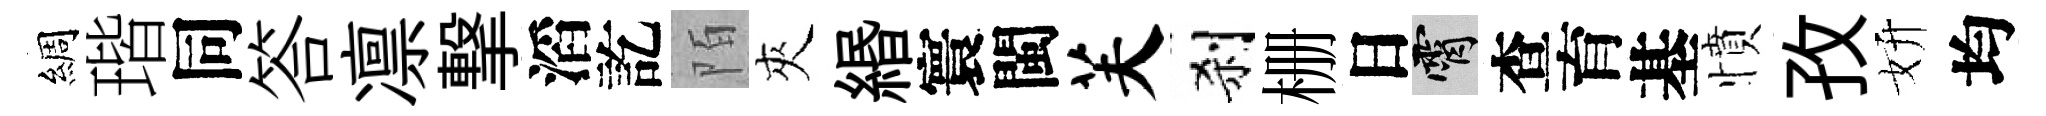
綢瑎同答凛撃滔訖陌夾緡寰閩芙刹栅日霄查育基憤孜妍均